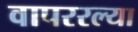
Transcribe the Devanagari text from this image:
वापररल्या